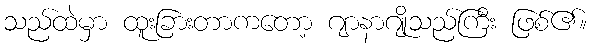
သည်ထဲမှာ ထူးခြားတာကတော့ ဂျာနာဂျိုသည်ကြီး ဖြစ်၏။